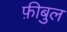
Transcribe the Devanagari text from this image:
फ़ीबुल